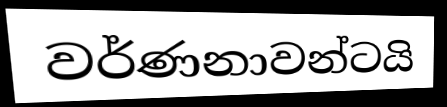
වර්ණනාවන්ටයි